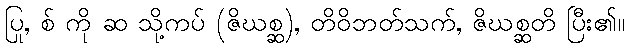
ပြု, စ် ကို ဆ သို့ကပ် (ဇိဃစ္ဆ), တိဝိဘတ်သက်, ဇိဃစ္ဆတိ ပြီး၏။